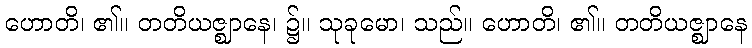
ဟောတိ၊ ၏။ တတိယဇ္ဈာနေ၊ ၌။ သုခုမော၊ သည်။ ဟောတိ၊ ၏။ တတိယဇ္ဈာနေ